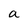
Character: a